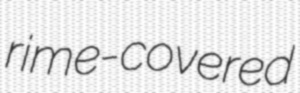
rime-covered